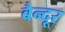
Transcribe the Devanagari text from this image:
बैन्दूर